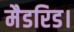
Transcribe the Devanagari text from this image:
मैडरिड।